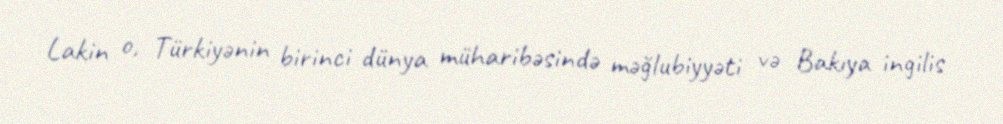
Lakin o, Türkiyənin birinci dünya müharibəsində məğlubiyyəti və Bakıya ingilis